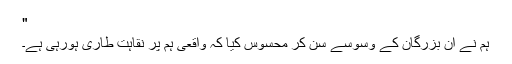
"
ہم نے ان بزرگان کے وسوسے سن کر محسوس کیا کہ واقعی ہم پر نقاہت طاری ہورہی ہے۔